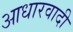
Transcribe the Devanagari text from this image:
आधारवादी